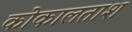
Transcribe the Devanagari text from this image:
कोकालताश